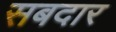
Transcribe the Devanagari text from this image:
सबदार